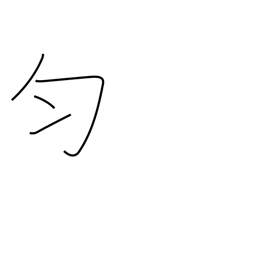
Meaning: equal